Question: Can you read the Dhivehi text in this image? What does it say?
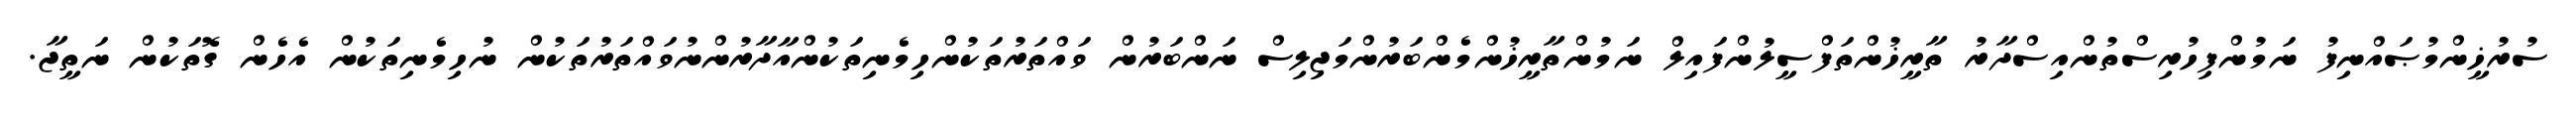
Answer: ސުރުޚީންމުޞައްނިފު ނަމުންފިހުރިސްތުންއިސްދާރު ތާރީޚުންތަފްސީލުންފައިލް ނަމުންތާރީޚުންމެންބަރުންމަޖިލިސް ނަންބަރުން ވައްތަރުތަކުންހިމެނިތަކުންއާދާރުންނުވައްތަރުތަކުން ނުހިމެނިތަކުން އެހެން ގޮތަކުން ނަތީޖާ.